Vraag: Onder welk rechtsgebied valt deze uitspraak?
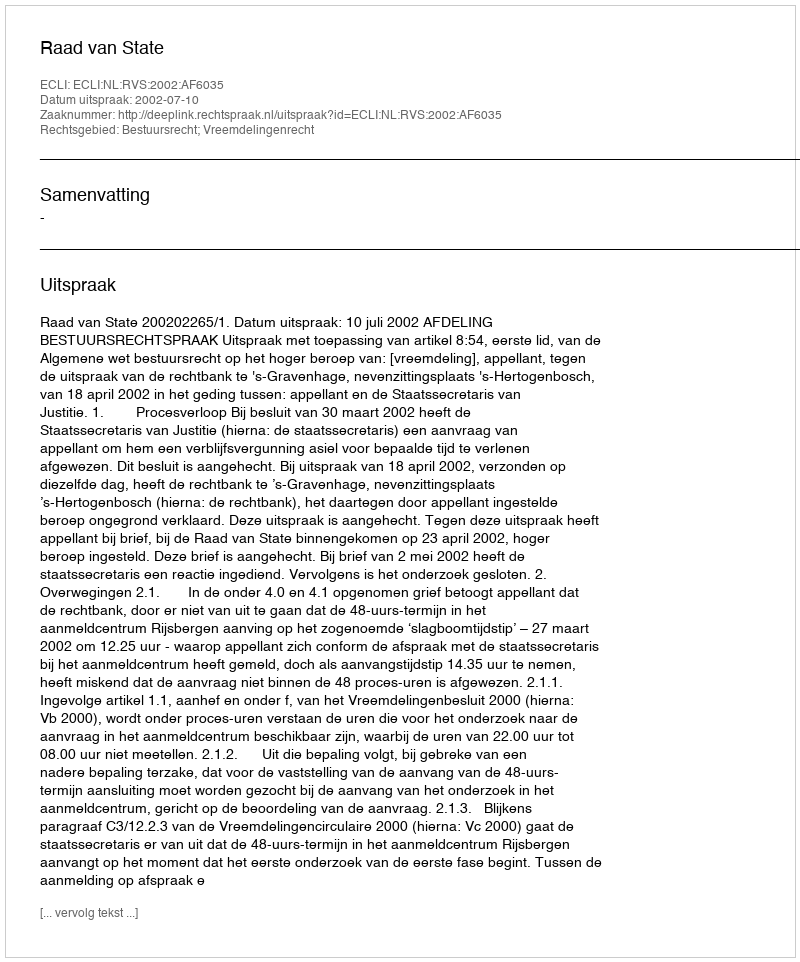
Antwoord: Bestuursrecht; Vreemdelingenrecht